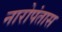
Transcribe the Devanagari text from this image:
नारोपंतास